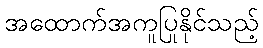
အထောက်အကူပြုနိုင်သည့်